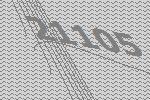
21105